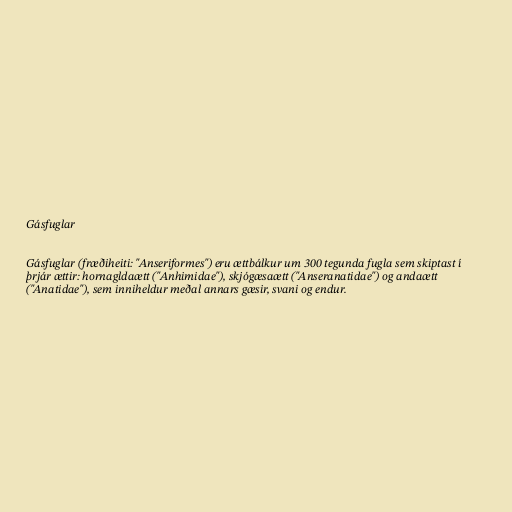
Gásfuglar

Gásfuglar (fræðiheiti: "Anseriformes") eru ættbálkur um 300 tegunda fugla sem skiptast í
þrjár ættir: hornagldaætt ("Anhimidae"), skjógæsaætt ("Anseranatidae") og andaætt
("Anatidae"), sem inniheldur meðal annars gæsir, svani og endur.